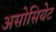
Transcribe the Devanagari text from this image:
असोसियेट